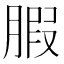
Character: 腵